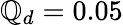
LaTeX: \mathbb{Q}_{d}=0.05